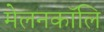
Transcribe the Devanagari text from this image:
मेलनकॉलि